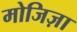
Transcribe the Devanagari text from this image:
मोजिज़ा